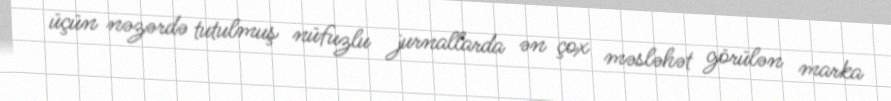
üçün nəzərdə tutulmuş nüfuzlu jurnallarda ən çox məsləhət görülən marka